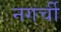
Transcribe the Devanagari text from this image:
नगर्ची